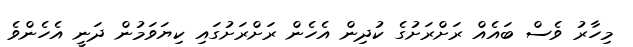
މިހާރު ވެސް ބައެއް ރަށްރަށުގެ ކުދިން އެހެން ރަށްރަށުގައި ކިޔަވަމުން ދަނީ އެހެންވެ